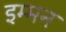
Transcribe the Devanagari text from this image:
इम्मन